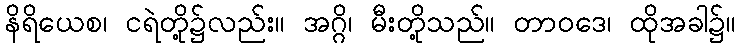
နိရိယေစ၊ ငရဲတို့၌လည်း။ အဂ္ဂိ၊ မီးတို့သည်။ တာဝဒေ၊ ထိုအခါ၌။